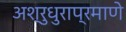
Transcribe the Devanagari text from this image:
अश्रुधुराप्रमाणे